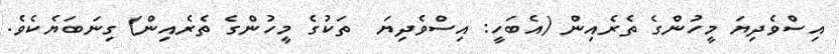
އިސްވެދިޔަ މީހުންގެ ތެރެއިން (އެބަހީ: އިސްވެދިޔަ  ތަކުގެ މީހުންގެ ތެރެއިން) ގިނަބަޔެކެވެ.